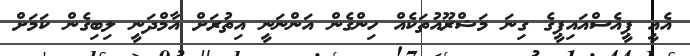
އެއީ ޕީއެސްއައިޕީގެ ގިނަ މަޝްރޫއުތަކެއް ހިންގެން އަންނަނީ އިތުރަށް އާމްދަނީ ލިބިގެން ކަމަށް